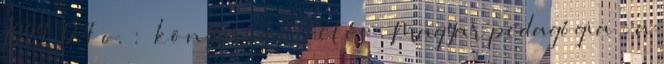
1999. 124 o. : könyvismertetés . Magyar pedagógia : a